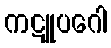
ကဋူပဂေါ